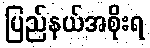
ပြည်နယ်အစိုးရ